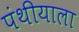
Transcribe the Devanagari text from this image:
पंथीयाला